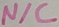
Text: N/C